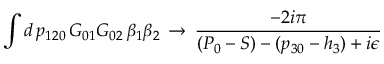
\int d \, p _ { 1 2 0 } \, G _ { 0 1 } G _ { 0 2 } \, \beta _ { 1 } \beta _ { 2 } \, \to \, { \frac { - 2 i \pi } { ( P _ { 0 } - S ) - ( p _ { 3 0 } - h _ { 3 } ) + i \epsilon } }